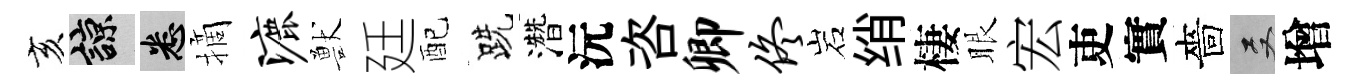
亥諒悉摘漉獸廷配跣濳沅咨卿佟岩绡棲眼宏吏實嗇双增